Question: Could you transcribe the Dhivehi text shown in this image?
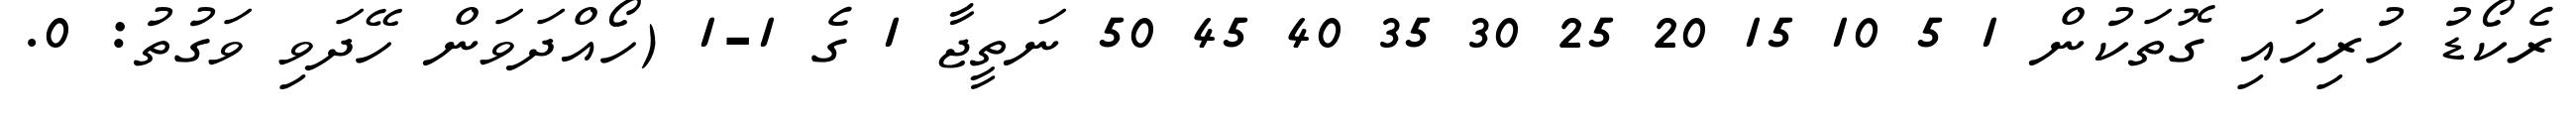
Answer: ރެކޯޑު ހުރިހައި ގޮތަކުން 1 5 10 15 20 25 30 35 40 45 50 ނަތީޖާ 1 ގެ 1-1 (ހޯއްދަވަން ހޭދަވި ވަގުތު: 0.